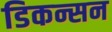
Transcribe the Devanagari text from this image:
डिकन्सन